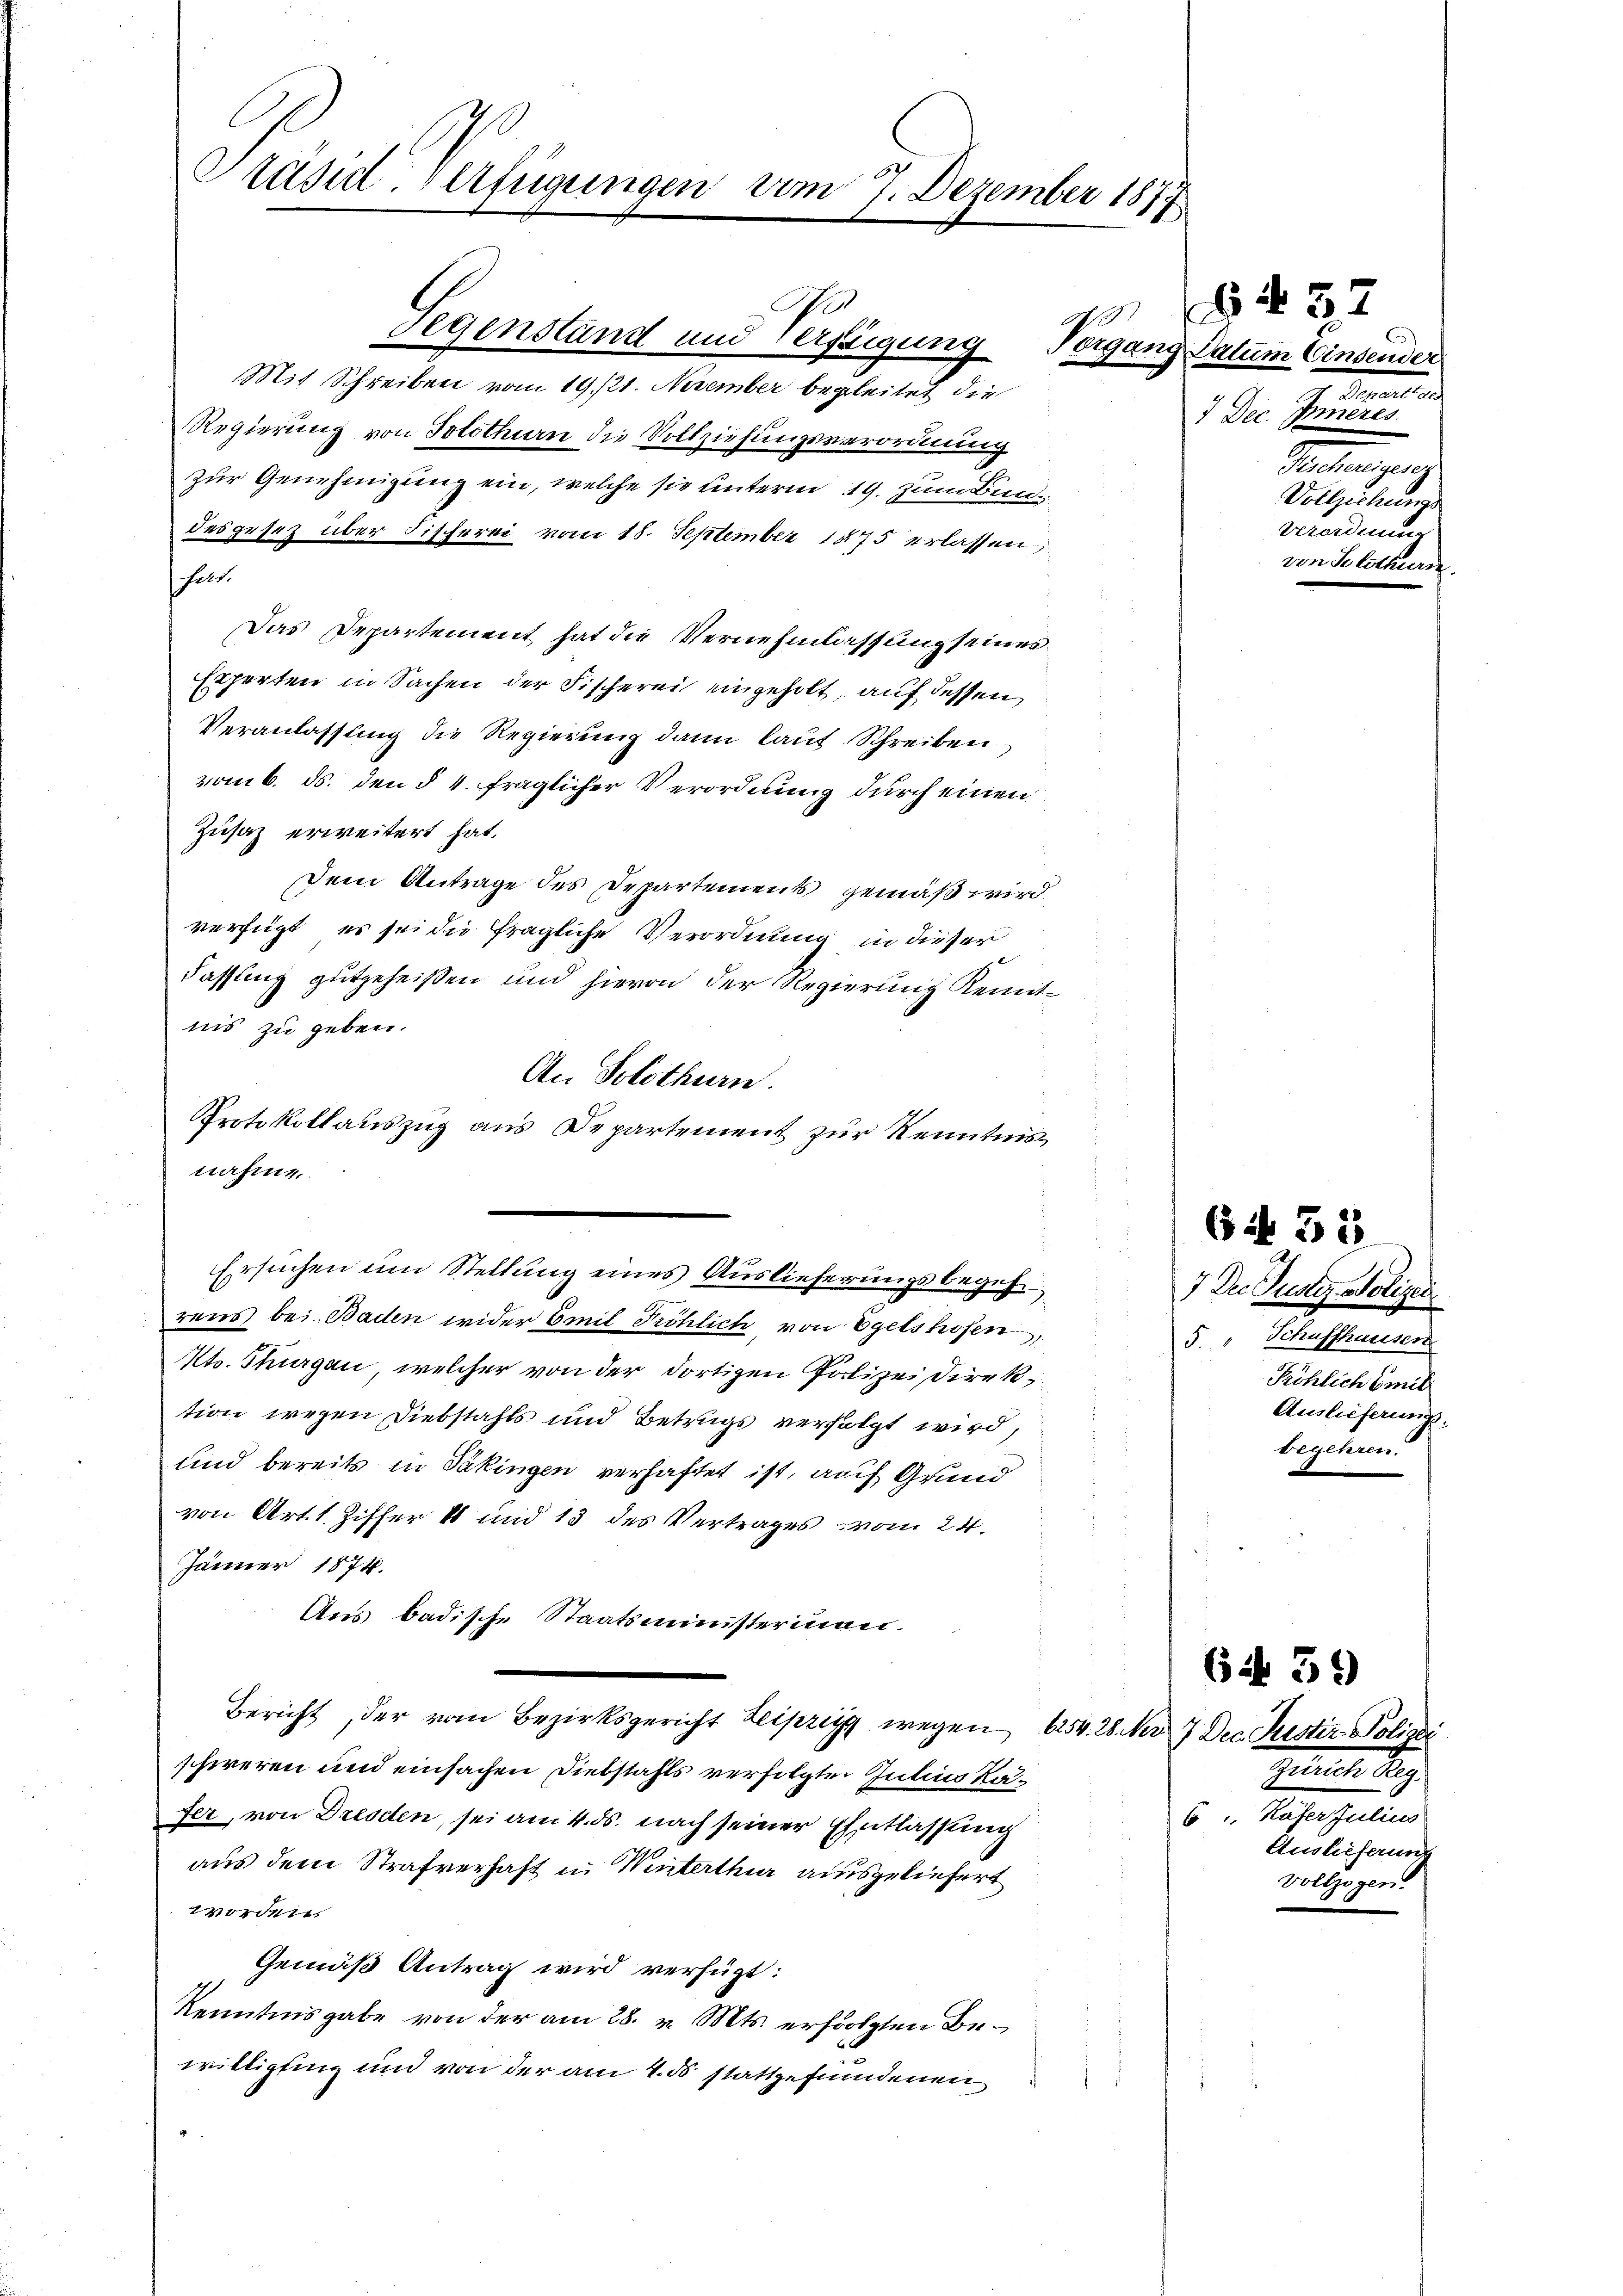
Präsid. Verfügungen vom 7. Dezember 1817.

Mit Schreiben vom 19./21. November begleitet die
Regierung von Solothurn die Vollziehungsverordnung
zur Genehmigung ein, welche sie unterm 19. zum Bundesgesetz über Fischerei vom 18. September 1875 erlassen,
hat.
Das Departement hat die Vernehmlassung seines
Experten in Sachen der Fischerei eingeholt, auf dessen
Veranlassung die Regierung dann laut Schreiben
vom 6. ds. den § 4. fraglicher Verordnung durch einen
Zusatz erweitert hat.
Dem Antrage des Departement gemäß wird,
verfügt, es sei die fragliche Verordnung in dieser
Fassung gutgeheißen und hievon der Regierung Remitnis zu geben.
An Solothurn.
Protokollauszug aus Departement zur Kenntnis

A
Segenstand und Verzeigung Vergang Datum Einsender

nahme.
.
Ersuchen um Stellung eines Auslieferungsbegeh¬

rens bei Baden wider Emil Tröhlich, von Egelshofen,
Kts. Thurgau, welcher von der dortigen Polizeidirektion wegen Diebstahls und Betrugs verfolgt wird,
und bereits in Säkingen verhaftet ist, auf Grund
von Art. 1. Ziffer 48 und 13 des Vertrages vom 24.
Jänner 1874.
Aus badische Staatsministerinen.
Bericht, der vom Bezirksgericht Leipzig wegen 654. 28. No 7 Dec. Justiz- Polizei
schweren und einsachen Diebstahls verfolgten Julius Rafer, von Dresden, sei am 4. ds. nach seiner Entlassung
aus dem Strafverhaft in Winterthur ausgeliefert
worden.
Gemäß Antrag wird verfügt:
Kenntnisgabe von der am 28. v. Mts. erfolgten Bewilligung und von der am 4. ds stattgefundenen

J S. 57
Aerart de
7 Dec. Inneres
Technungen
Vollziehungs
Verordnung
von Solothurn.

EN 32
7 Der Justiz Molizei
5. " Schaffhauser
Pröhlich Emil
Auslieferungs-
begehren.

(if. 59
Summe da
6 u. Käfer Julius
Auslieferung
Vollzogen